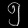
Digit: ၅